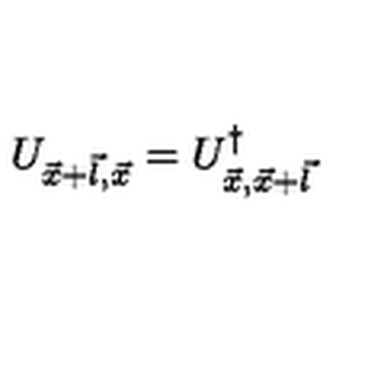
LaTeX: U _ { \vec { x } + \vec { l } , \vec { x } } = U _ { \vec { x } , \vec { x } + \vec { l } } ^ { \dagger }